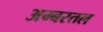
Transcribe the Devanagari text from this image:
अम्बरतल